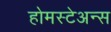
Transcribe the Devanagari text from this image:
होमस्टेअन्स